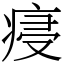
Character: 㾛